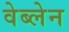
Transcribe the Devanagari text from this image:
वेब्लेन